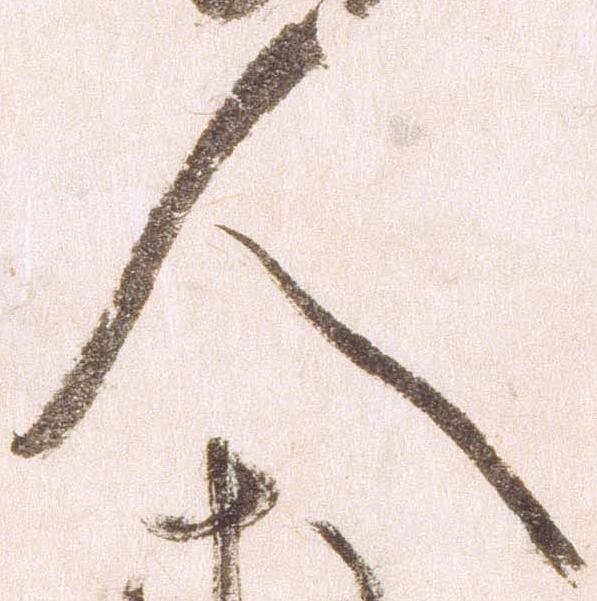
人